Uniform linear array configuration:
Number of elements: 4
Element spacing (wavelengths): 0.5
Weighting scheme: uniform
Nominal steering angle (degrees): -45
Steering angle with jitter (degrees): -44.929
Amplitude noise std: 0.05
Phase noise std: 0.05

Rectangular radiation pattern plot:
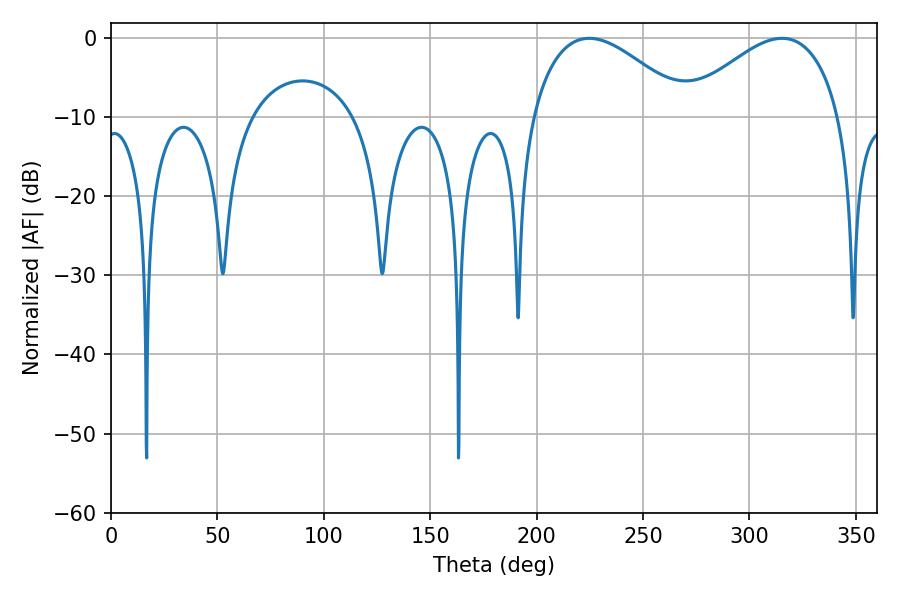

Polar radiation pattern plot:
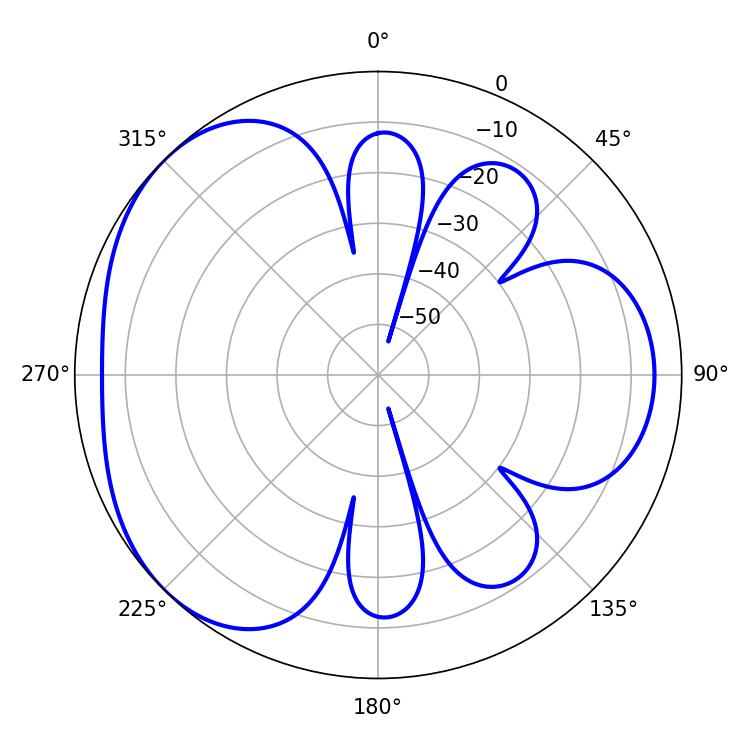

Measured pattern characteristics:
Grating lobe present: FALSE
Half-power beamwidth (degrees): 40.32
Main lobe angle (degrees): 224.64